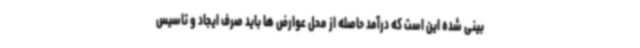
بینی شده این است که درآمد حاصله از محل عوارض ها باید صرف ایجاد و تاسیس